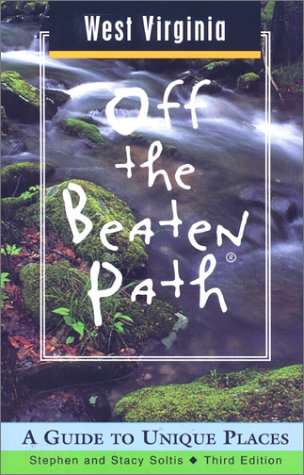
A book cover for West Virginia Off the Beaten Path: A Guide to Unique Places (Off the Beaten Path Series); Stephen Soltis; Travel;